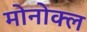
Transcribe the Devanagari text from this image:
मोनोक्ल